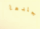
جلدها